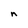
Character: n